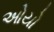
ઓયો